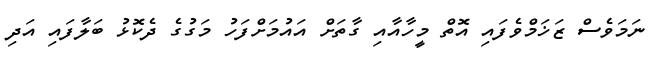
ނަމަވެސް ޒަޚަމްވެފައި އޮތް މީހާއާއި ގާތަށް އައުމަށްފަހު މަގުގެ ދެކޮޅު ބަލާފައި އަދި